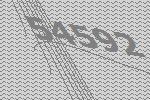
54592